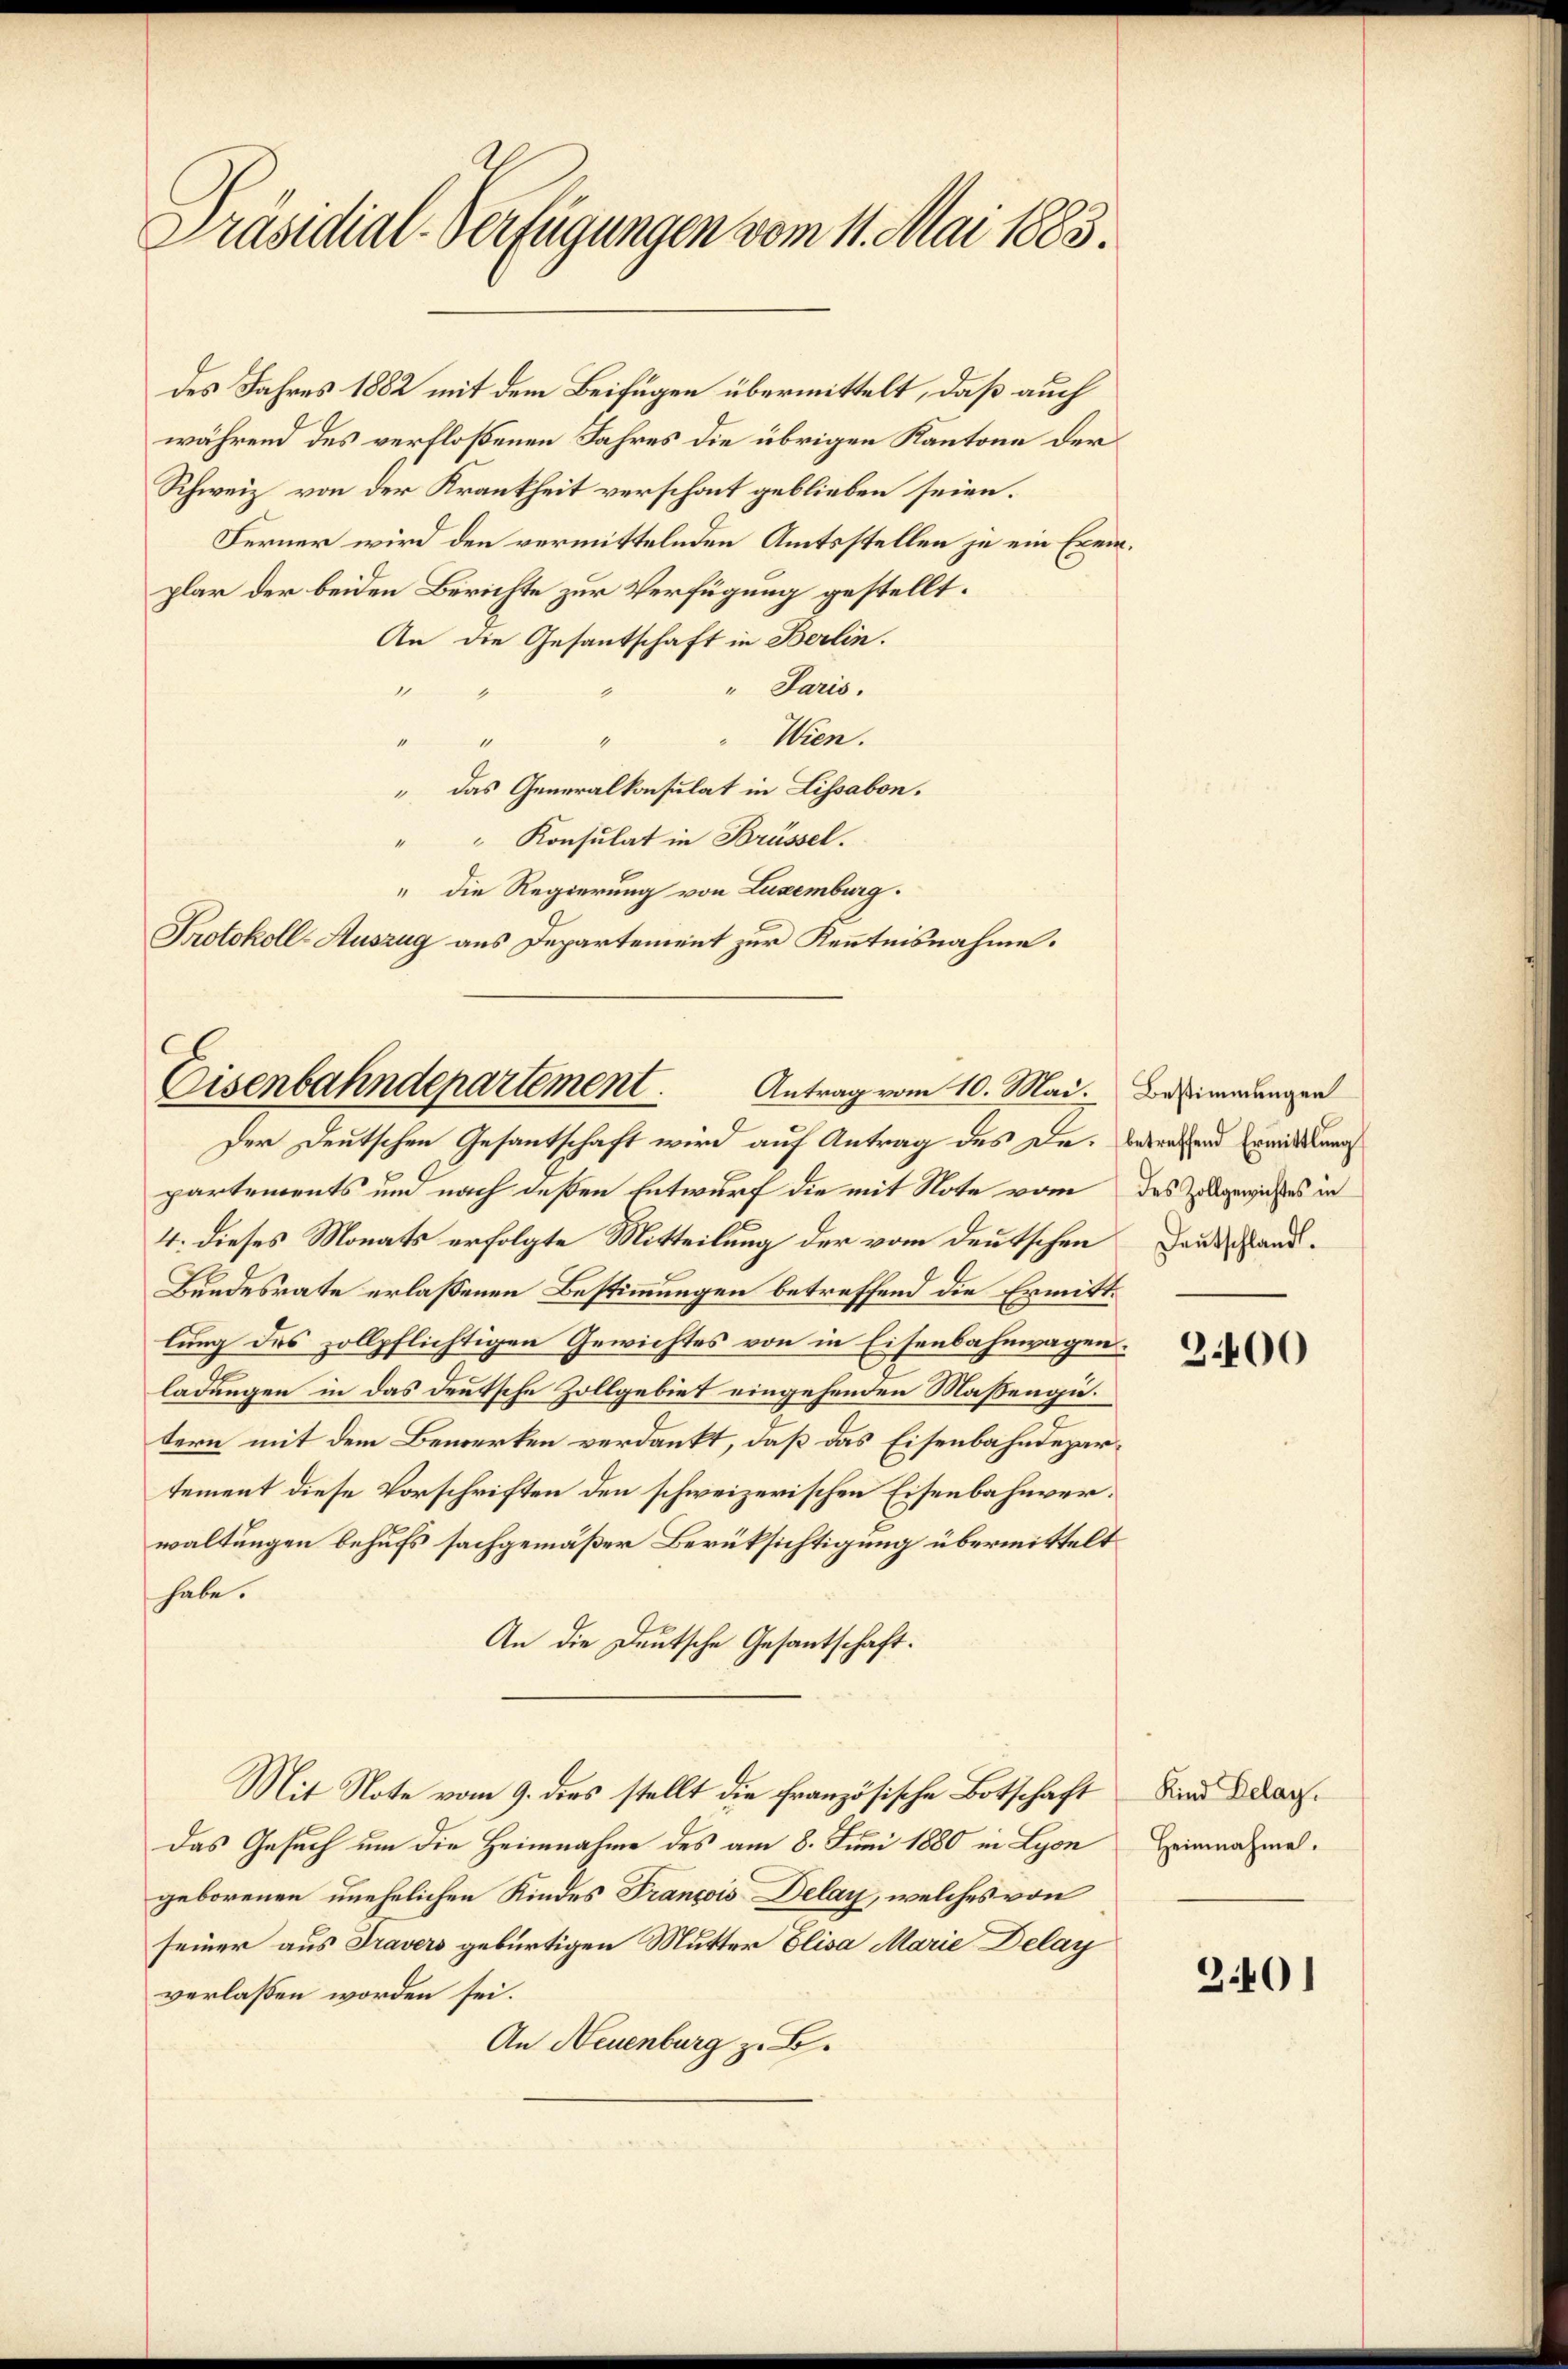
Präsidial-Verfügungen vom 11. Mai 1883.

des Jahres 1882 mit dem Beifügen übermittelt, daß auch
während des verfloßenen Jahres die übrigen Kantone der
Schweiz von der Krankheit verschont geblieben seien.
Ferner wird den vermittelnden Amtsstellen je ein Exemplar der beiden Berichte zur Verfügung gestellt.
An die Gesantschaft in Berlin.
" Paris.
1
Wien.
1

" das Generalkonsulat in Lissabon.
" " Konsulat in Brüssel.
" die Regierung von Luxenburg.
Protokoll-Auszug aus Departement zur Kenntnisnahme.
Der Deutschen Gesandschaft wird auf Antrag des Dr. Badensend Ermitten
partements und nach deßen Entwurf die mit Note vom des Zugewieses in
4: dieses Monats erfolgte Mitteilung der vom deutschen
Bundesrate erlassenen Bestimmungen betreffend die Ermittlung des zollpflichtigen Gewichtes von in Eisenbahnwagen.
ladungen in das deutsche Zollgebiet eingehenden Maßengütern mit dem Bewerken verdankt, daß das Eisenbahndepartement diese Vorschriften den schweizerischen Eisenbahnverwaltungen behufs sachgemäßer Berüksichtigung übermittelt
habe.
An die Deutsche Gesantschaft.
Mit Note vom 9. dies stellt die französische Botschaft
das Gesuch um die Heimnahme des am 8. Juni 1880 in Lyon
geborenen unehelichen Kindes Francois Delay, welches von
seiner aus Travers gebürtigen Mutter Elisa Marie Delay
verlassen worden sei.
An Neuenburg z. B.

b
Eisenbahndepartement.

Antrag vom 10. Mai. Bestimmungen

Deutschland.

3400

Kind Delay.
Heinnahme.

3401